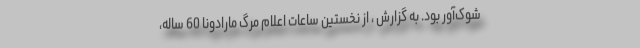
شوک‌آور بود. به گزارش ، از نخستین ساعات اعلام مرگ مارادونا 60 ساله،